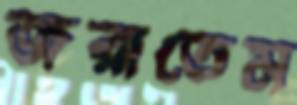
জরাতেম